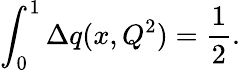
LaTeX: \int_{0}^{1}\Delta q(x,Q^{2})={\frac{1}{2}}.